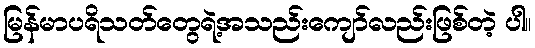
မြန်မာပရိသတ်တွေရဲ့အသည်းကျော်လည်းဖြစ်တဲ့ ပါ။